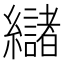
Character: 𮉘